Piroplasma canis and its life cycle in the tick - Number 29
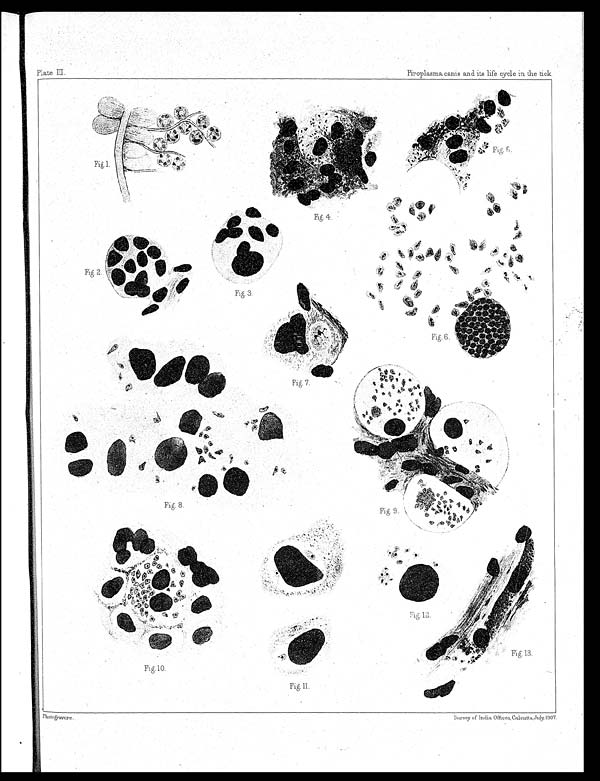
Fig. 8.
Fig. 9.
Plate III.
Piroplasma canis and its life cycle in the tick.
Fig.1.
Fig. 5.
Fig. 4.
Fig. 3.
Fig. 2.
Fig. 6.
Fig. 7.
Fig.10.
Fig.13.
Fig. 11.
Photogravure.
Survey of India Offices, Calcutta, July, 1907.